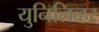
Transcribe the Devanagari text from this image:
युनिलिव्हर